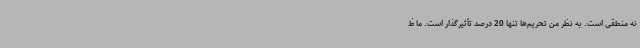
نه منطقی است. به نظر من تحریم‌ها تنها 20 درصد تأثیرگذار است. ما ظ